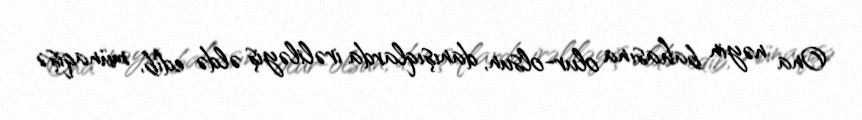
Ona nəyin bahasına olur-olsun, danışıqlarda irəliləyiş əldə edib, münaqişə